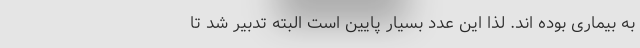
به بیماری بوده اند. لذا این عدد بسیار پایین است البته تدبیر شد تا